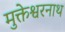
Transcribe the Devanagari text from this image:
मुक्तेश्वरनाथ